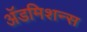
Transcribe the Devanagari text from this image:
अॅडमिशन्स